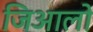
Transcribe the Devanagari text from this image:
जिआलो